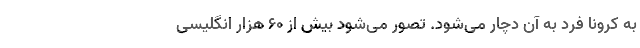
به کرونا فرد به آن دچار می‌شود. تصور می‌شود بیش از ۶۰ هزار انگلیسی